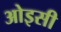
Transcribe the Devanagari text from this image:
ओइसी